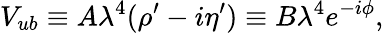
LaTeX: V_{ub}\equiv A\lambda^{4}(\rho^{\prime}-i\eta^{\prime})\equiv B\lambda^{4}e^{-i\phi},